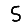
Digit: 5